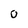
Character: 0